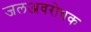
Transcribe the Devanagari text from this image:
जलअवरोधक